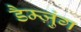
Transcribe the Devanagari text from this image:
डैम्ज़ुंग